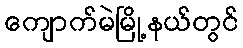
ကျောက်မဲမြို့နယ်တွင်